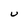
Character: U